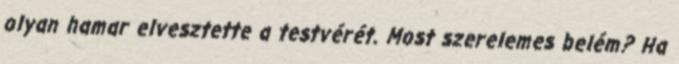
olyan hamar elvesztette a testvérét. Most szerelemes belém? Ha